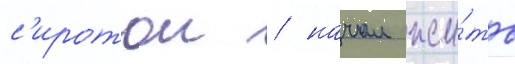
с'иротои / начал жи́ть